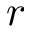
r